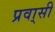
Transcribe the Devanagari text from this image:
प्रवा्सी